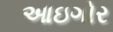
આઇગોર